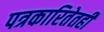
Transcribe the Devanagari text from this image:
पत्रकारितेतही